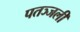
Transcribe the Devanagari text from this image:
पतञ्जली